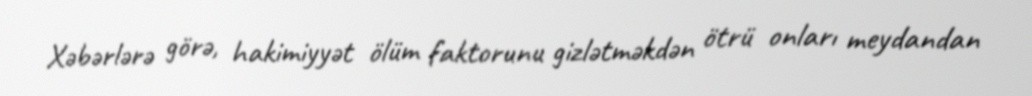
Xəbərlərə görə, hakimiyyət ölüm faktorunu gizlətməkdən ötrü onları meydandan